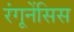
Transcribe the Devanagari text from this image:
रंगूनेंसिस